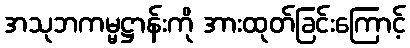
အသုဘကမ္မဋ္ဌာန်းကို အားထုတ်ခြင်းကြောင့်